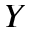
Y